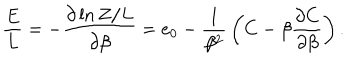
LaTeX: { \frac { E } { L } } = - { \frac { \partial \ln Z / L } { \partial \beta } } = e _ { 0 } - { \frac { 1 } { \beta ^ { 2 } } } \left( C - \beta { \frac { \partial C } { \partial \beta } } \right) .